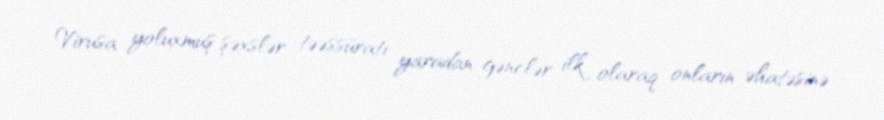
Virusa yoluxmuş şəxslər təəssüratı yaradan gənclər ilk olaraq onların əhatəsinə